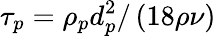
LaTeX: \tau_{p}=\rho_{p}d_{p}^{2}/\left(18\rho\nu\right)